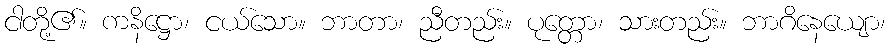
ငါတို့၏။ ကနိဋ္ဌော၊ ငယ်သော။ ဘာတာ၊ ညီတည်း။ ပုတ္တော၊ သားတည်း။ ဘာဂိနေယျော၊